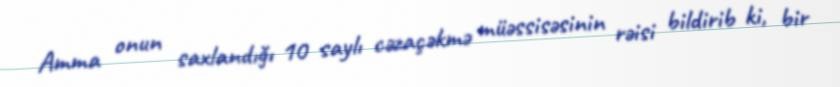
Amma onun saxlandığı 10 saylı cəzaçəkmə müəssisəsinin rəisi bildirib ki, bir